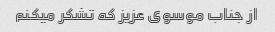
از جناب موسوی عزیز که تشکر میکنم